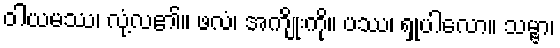
ဝါယမဿ၊ လုံ့လ၏။ ဖလံ၊ အကျိုးကို။ ပဿ၊ ရှုပါလော။ သမ္ဗာ၊